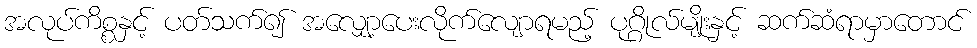
အလုပ်ကိစ္စနှင့် ပတ်သက်၍ အလျှော့ပေးလိုက်လျောရမည့် ပုဂ္ဂိုလ်မျိုးနှင့် ဆက်ဆံရာမှာတောင်